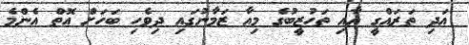
އަދި ތަރައްގީ އާއި ތަހުޒީބުގެ މިއާ ޒަމާނުގައި ދިވެހި ބަހަށް އޮތް އެންމެ